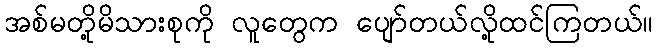
အစ်မတို့မိသားစုကို လူတွေက ပျော်တယ်လို့ထင်ကြတယ်။